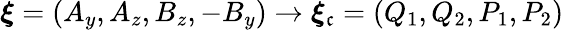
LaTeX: \boldsymbol{\xi}=(A_{y},A_{z},B_{z},-B_{y})\rightarrow\boldsymbol{\xi}_{\mathfrak{c}}=(Q_{1},Q_{2},P_{1},P_{2})